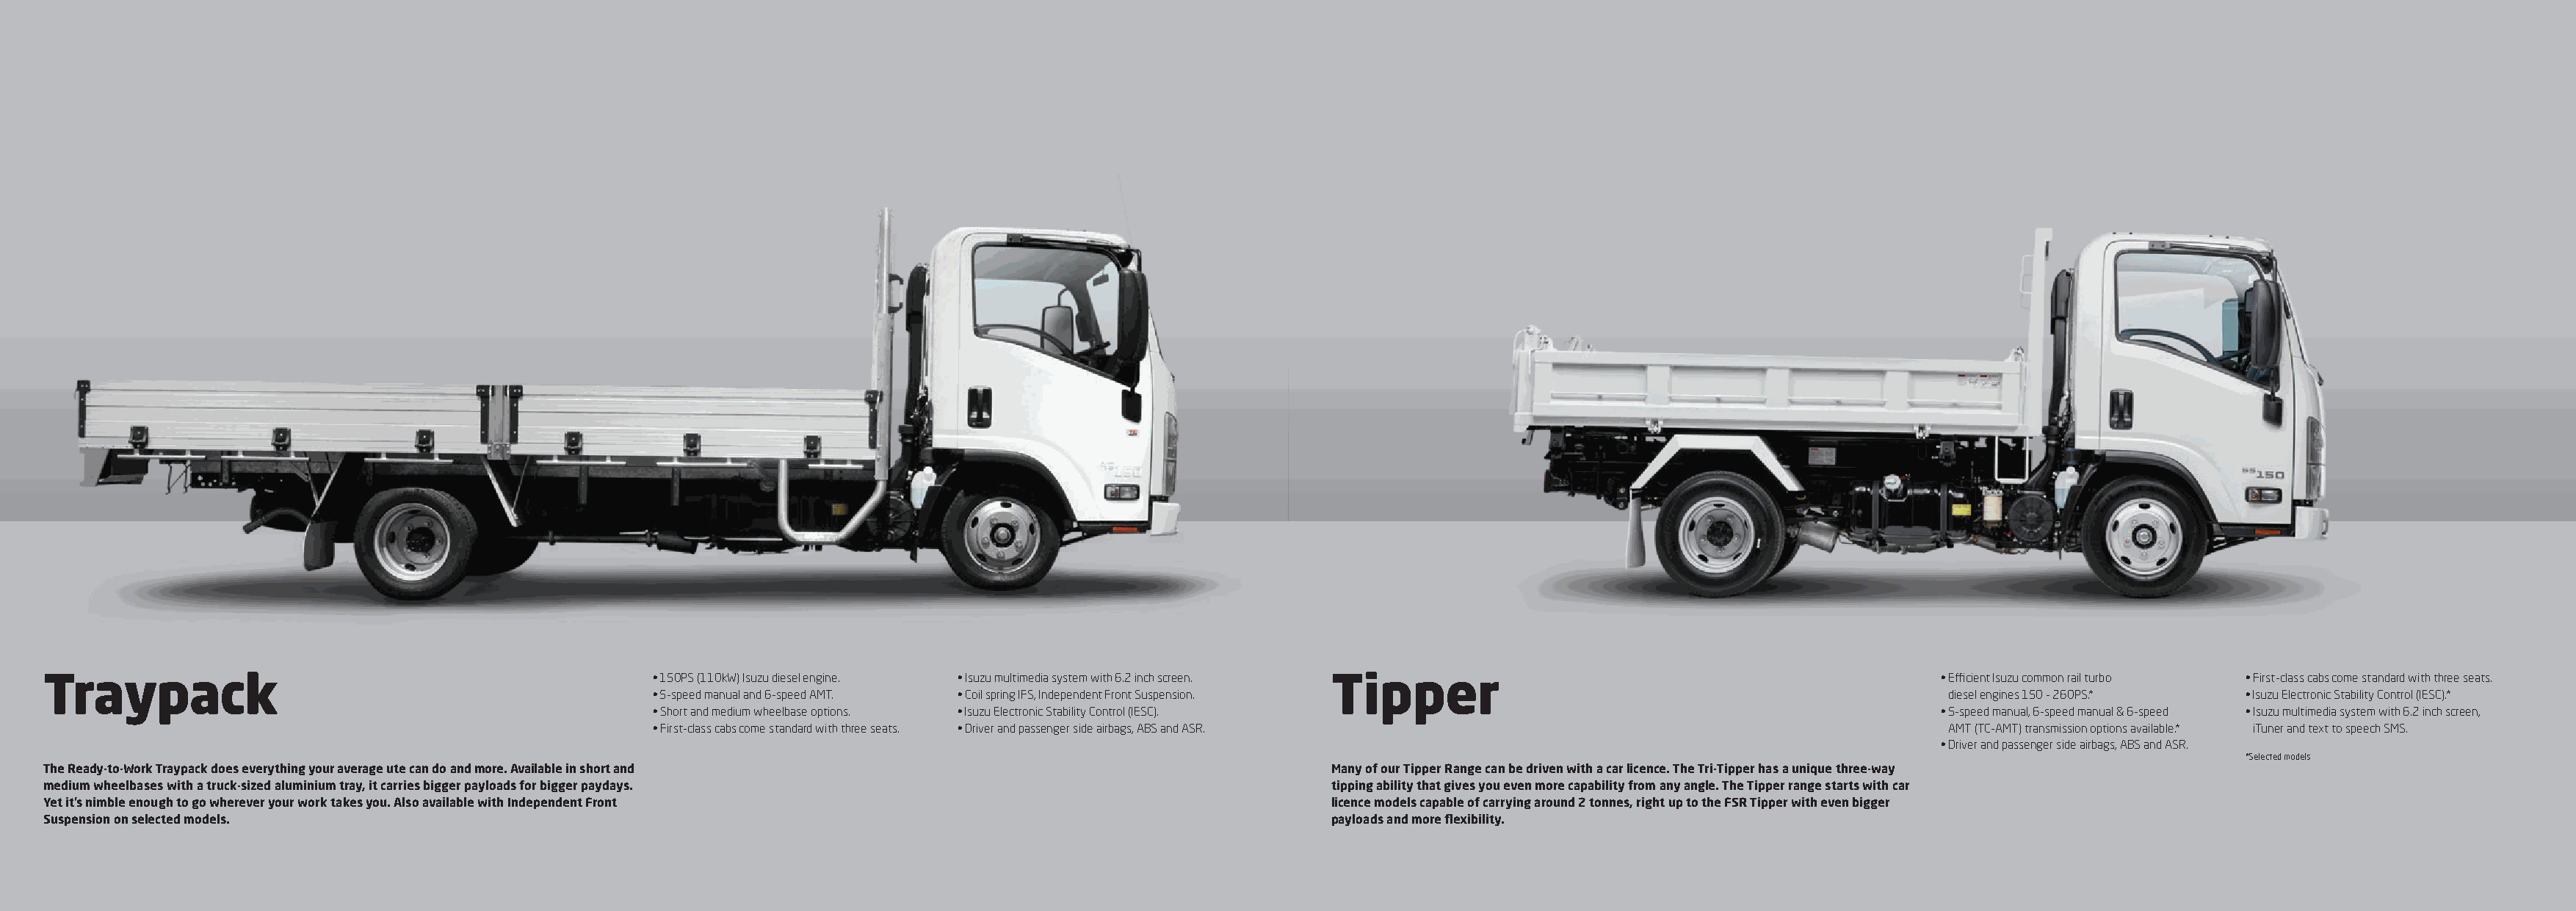
Traypack                                               • 150PS (110kW) Isuzu diesel engine. • Isuzu multimedia system with 6.2 inch screen. Tipper                         • Efficient Isuzu common rail turbo • First-class cabs come standard with three seats.
 • 5-speed manual and 6-speed AMT. • Coil spring IFS, Independent Front Suspension.                                   diesel engines 150 - 260PS.* • Isuzu Electronic Stability Control (IESC).*
 • Short and medium wheelbase options. • Isuzu Electronic Stability Control (IESC).                                  • 5-speed manual, 6-speed manual & 6-speed • Isuzu multimedia system with 6.2 inch screen,
 • First-class cabs come standard with three seats. • Driver and passenger side airbags, ABS and ASR.                 AMT (TC-AMT) transmission options available.* iTuner and text to speech SMS.
 • Driver and passenger side airbags, ABS and ASR.
 *Selected models.
 The Ready-to-Work Traypack does everything your average ute can do and more. Available in short and                 Many of our Tipper Range can be driven with a car licence. The Tri-Tipper has a unique three-way
 medium wheelbases with a truck-sized aluminium tray, it carries bigger payloads for bigger paydays.                 tipping ability that gives you even more capability from any angle. The Tipper range starts with car
 Yet it’s nimble enough to go wherever your work takes you. Also available with Independent Front                    licence models capable of carrying around 2 tonnes, right up to the FSR Tipper with even bigger
 Suspension on selected models.                                                                                      payloads and more flexibility.